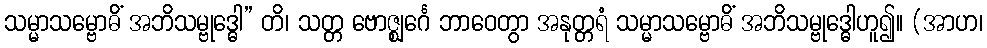
သမ္မာသမ္ဗောဓိံ အဘိသမ္ဗုဒ္ဓေါ” တိ၊ သတ္တ ဗောဇ္ဈင်္ဂေ ဘာဝေတွာ အနုတ္တရံ သမ္မာသမ္ဗောဓိံ အဘိသမ္ဗုဒ္ဓေါဟူ၍။ (အာဟ၊